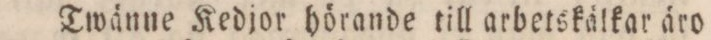
Twänne Kedjor hörande till arbetskälkar äro